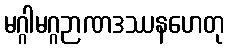
မဂ္ဂါမဂ္ဂဉာဏဒဿနဟေတု